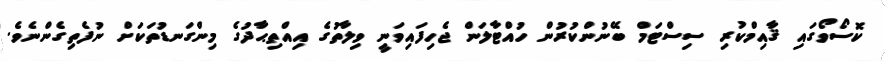
ކޮސޯވޯގައި ޤާއިމްކުރި ސިސްޓަމް ބޭނުންކުރުން ހުއްޓާލަން ޖެހިފައިވަނީ ވިލާތުގެ އިއްތިޙާދުގެ މިންގަނޑުތަކަށް ނުފެތިގެންނެވެ.